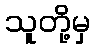
သူတို့မှ